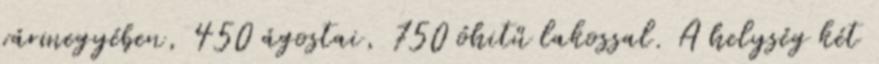
vármegyében, 450 ágostai, 750 óhitű lakossal. A helység két